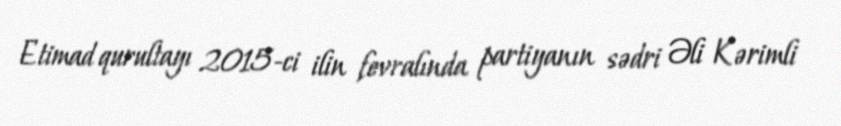
Etimad qurultayı 2015-ci ilin fevralında partiyanın sədri Əli Kərimli